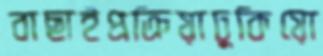
বাছাইপ্রক্রিয়াঢুকিয়ো